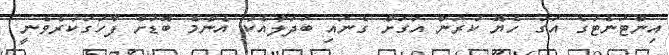
އިންޓަނެޓުގެ އަގު ހެޔޮ ކުރަން އަގަށް ގެނައި ބަދަލާއެކު އެންމެ ބޮޑަށް ފާހަގަކުރެވެނީ